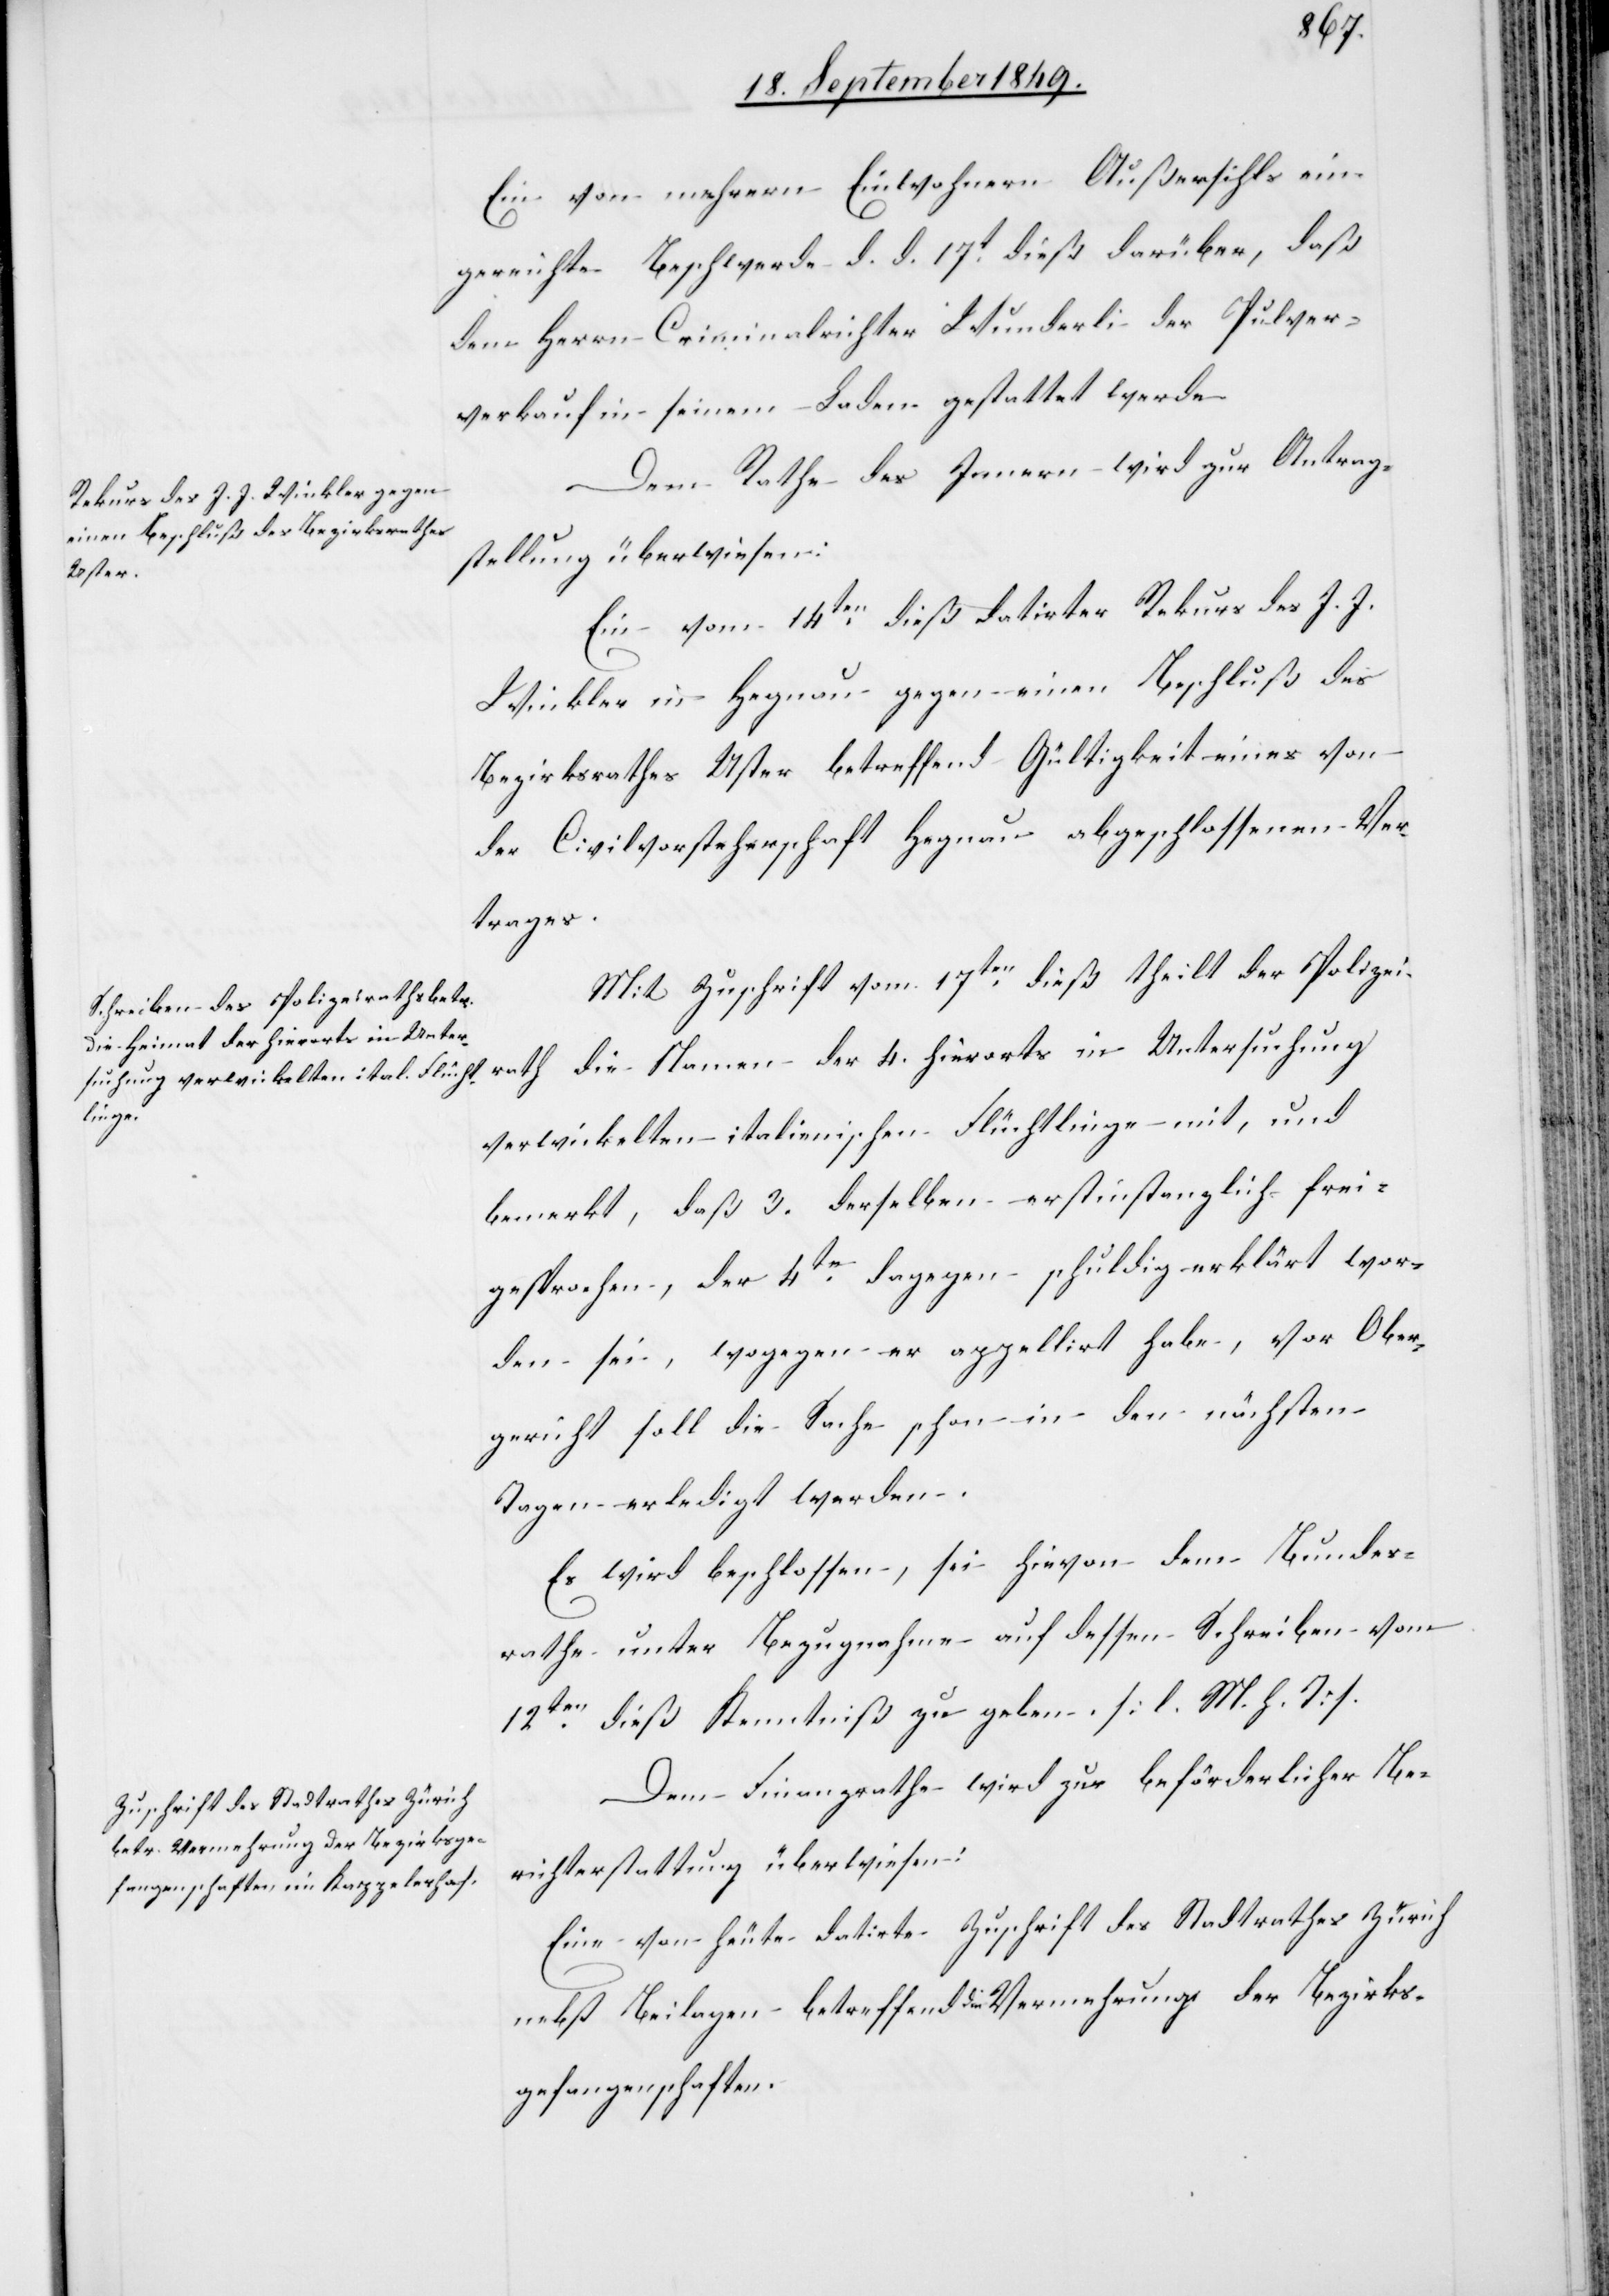
Ein von mehrern Einwohnern Außersihls ein¬
gereichte Beschwerde d. d. 17t dieß darüber, daß
dem Herrn Criminalrichter Wunderli der Pulver¬
verkauf in seinem Laden gestattet werde.
Dem Rathe des Innern wird zur Antrag¬
stellung überwiesen:
Ein vom 14ten dieß datirter Rekurs des J. J.
Winkler in Hegnau gegen einen Beschluß des
Bezirksrathes Uster betreffend Gültigkeit eines von
der Civilvorsteherschaft Hegnau abgeschlossenen Ver¬
trages.
Mit Zuschrift vom 17ten dieß theilt der Polizei¬
rath die Namen der 4. hierorts in Untersuchung
verwickelten italienischen Flüchtlinge mit, und
bemerkt, daß 3. derselben erstinstanzlich frei¬
gesprochen, der 4te dagegen schuldig erklärt wor¬
den sei, wogegen er appellirt habe, vor Ober¬
gericht soll die Sache schon in den nächsten
Tagen erledigt werden.
Es wird beschlossen, sei hievon dem Bundes¬
rathe unter Bezugnahme auf dessen Schreiben vom
12ten dieß Kenntniß zu geben. [l. M. h. T]
Dem Finanzrathe wird zur beförderlicher Be¬
richterstattung überwiesen:
Eine von heute datirte Zuschrift des Stadtrathes Zürich
nebst Beilagen betreffend die Vermehrung der Bezirks¬
gefangenschaften.